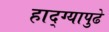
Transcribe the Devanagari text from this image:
हाद्ग्यापुढे